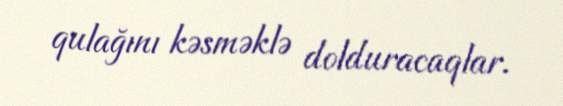
qulağını kəsməklə dolduracaqlar.